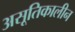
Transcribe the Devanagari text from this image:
असूतिकालीन